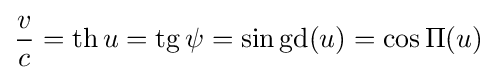
{\frac {v}{c}}=\operatorname {th} u=\operatorname {tg} \psi =\sin \operatorname {gd} (u)=\cos \Pi (u)